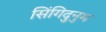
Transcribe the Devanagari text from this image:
सिंगिदुनुम